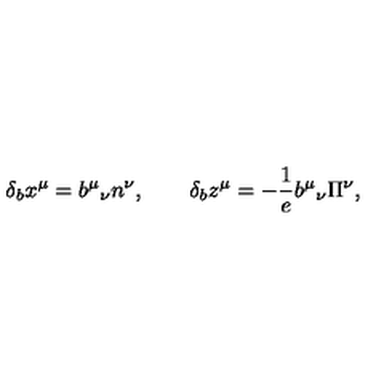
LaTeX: \qquad \delta _ { b } x ^ { \mu } = b ^ { \mu } { } _ { \nu } n ^ { \nu } , \qquad \delta _ { b } z ^ { \mu } = - \frac 1 { e } b ^ { \mu } { } _ { \nu } \Pi ^ { \nu } ,